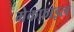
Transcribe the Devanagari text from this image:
मेकफ़ाइल